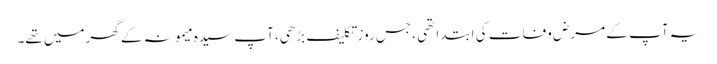
یہ آپ کے مرض وفات کی ابتدا تھی ،جس روز تکلیف بڑھی، آپ سیدہ میمونہ کے گھرمیں تھے۔